Annual report on the Civil Veterinary Department, Burma (including the Insein Veterinary School) - 1910-1922
Year: 1910
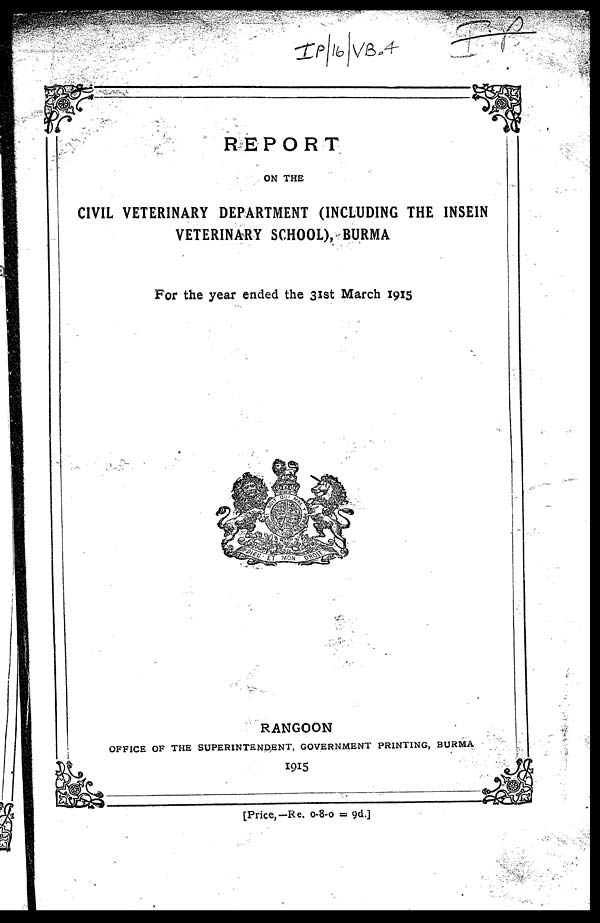
REPORT
ON THE
CIVIL VETERINARY DEPARTMENT (INCLUDING THE INSEIN
VETERINARY SCHOOL), BURMA
For the year ended the 31st March 1915
RANGOON
OFFICE OF THE SUPERINTENDENT, GOVERNMENT PRINTING, BURMA
1915
[Price,—Re. 0-8-0 = 9d.]